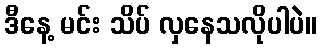
ဒီနေ့ မင်း သိပ် လှနေသလိုပါပဲ။